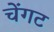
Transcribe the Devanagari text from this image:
चेंगट